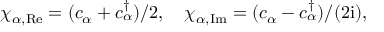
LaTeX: \chi _ { \alpha , { \mathrm { R e } } } = ( c _ { \alpha } + c _ { \alpha } ^ { \dagger } ) / 2 , \quad \chi _ { \alpha , { \mathrm { I m } } } = ( c _ { \alpha } - c _ { \alpha } ^ { \dagger } ) / ( 2 \mathrm { i } ) ,